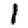
Digit: 1